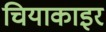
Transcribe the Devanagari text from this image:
चियाकाइर